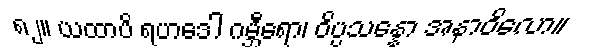
၈၂။ ယထာပိ ရဟဒေါ ဂမ္ဘီရော၊ ဝိပ္ပသန္နော အနာဝိလော။